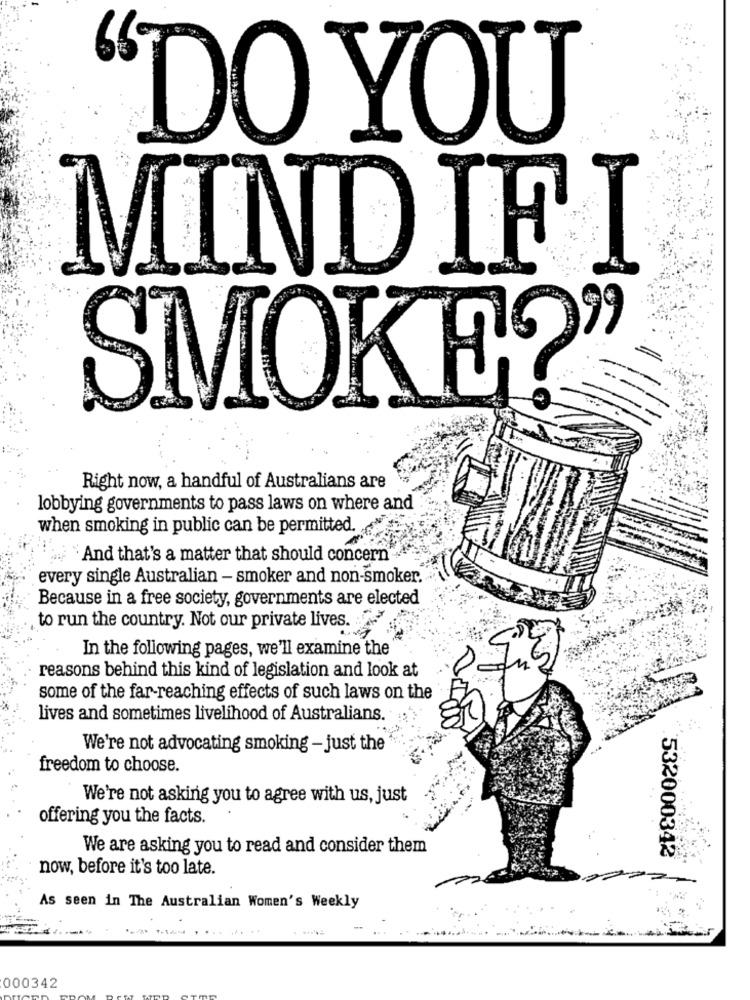
DO YOU
MIND IF I
SMOKE?'
Right now, a handful of Australians are
lobbying governments to pass laws on where and
when smoking in public can be permitted.
And that's a matter that should concern
every single Australian - smoker and non-smoker.
Because in a free society, governments are elected
to run the country. Not our private lives.
In the following pages, we'll examine the
reasons behind this kind of legislation and look at
some of the far-reaching effects of such laws on the
lives and sometimes livelihood of Australians.
do
We're not advocating smoking - just the
freedom to choose.
We're not asking you to agree with us, just
offering you the facts.
We are asking you to read and consider them
532000342
now, before it's too late.
2
As seen in The Australian Women's Weekly
000342